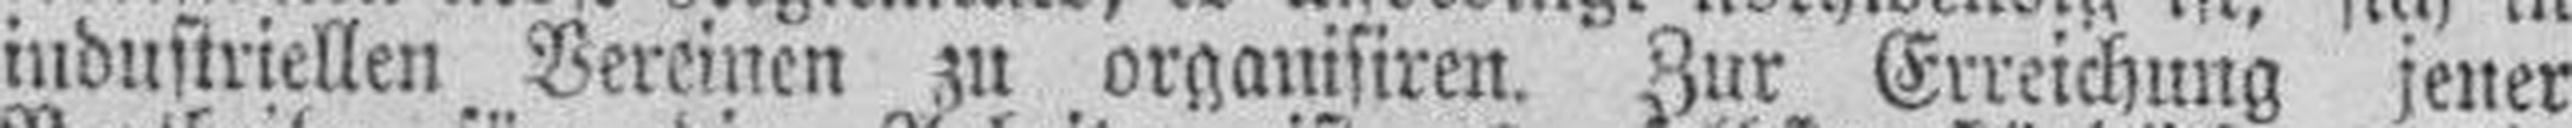
industriellen Vereinen zu organisiren. Zur Erreichung jener